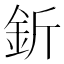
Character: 釿